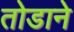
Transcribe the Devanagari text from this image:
तोडाने